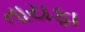
તાયફા